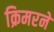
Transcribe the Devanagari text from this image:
क्रिमरने